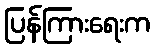
ပြန်ကြားရေးက